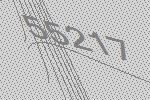
55217